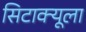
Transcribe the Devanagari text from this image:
सिटाक्यूला